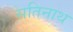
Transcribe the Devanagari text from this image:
सतिनाथ